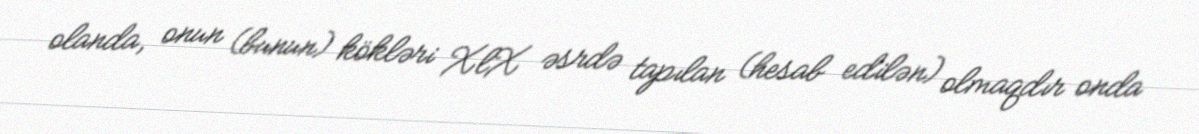
olanda, onun (bunun) kökləri XlX əsrdə tapılan (hesab edilən) olmaqdır onda